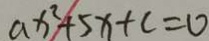
a x ^ { 2 } + 5 x + c = 0